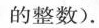
的整数)。